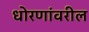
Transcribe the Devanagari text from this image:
धोरणांवरील